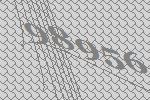
98956